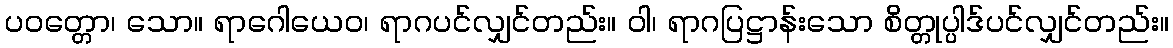
ပဝတ္တော၊ သော။ ရာဂေါယေဝ၊ ရာဂပင်လျှင်တည်း။ ဝါ၊ ရာဂပြဋ္ဌာန်းသော စိတ္တုပ္ပါဒ်ပင်လျှင်တည်း။